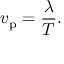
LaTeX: v _ { \mathrm { p } } = { \frac { \lambda } { T } } .